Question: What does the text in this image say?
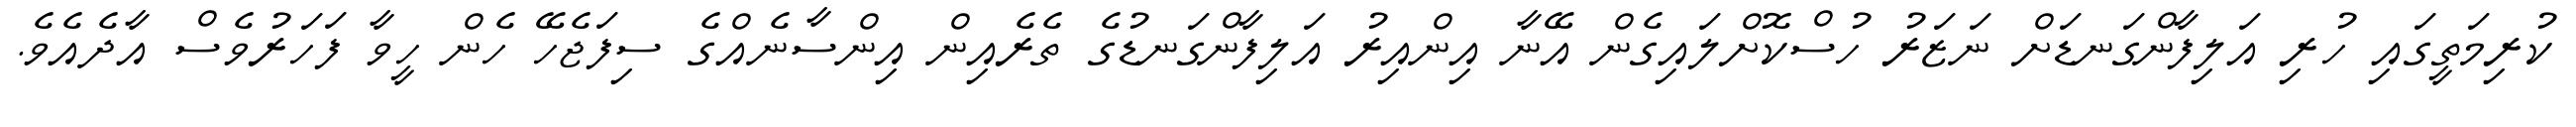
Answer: ކުރިމަތީގައި ހުރި އަލިފާންގަނޑަށް ނަޒަރު ހުސްކޮށްލައިގެން އޭނާ އިންއިރު އަލިފާންގަނޑުގެ ތެރެއިން އިންސާނެއްގެ ސިފަޖެހޭ ހެން ހީވާ ފަހަރުވެސް އާދެއެވެ.